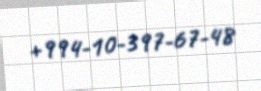
+994-10-397-67-48